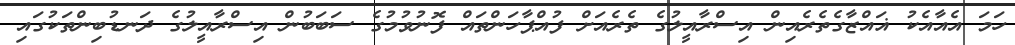
ހަމަ އެއާއެކު ޣައްޒާގެތެރެއިން އިސްރާއީލުގެ ތެރެއަށް ފުއްޕާހަންތައް ފޮނުވުމުގެ ސަބަބުން އިސްރާއީލުގެ ދަނޑުބިންތަކުގައި